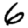
Digit: 6